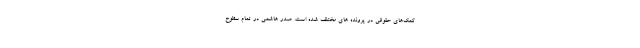
کمک‌های حقوقی در پرونده های مختلف شده است. صدر هاشمی در تمام سطوح